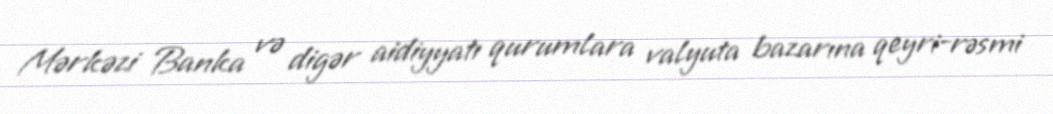
Mərkəzi Banka və digər aidiyyatı qurumlara valyuta bazarına qeyri-rəsmi